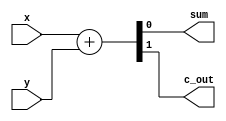
`timescale 1ns / 1ps

module half_adder_behavioral(x, y, sum, c_out);
// I/O port declarations
input x, y;
output sum, c_out;
reg sum, c_out; // need to be declared as reg types
// specify the function of a full adder
always @(x, y)
{c_out, sum} = x + y;
endmodule